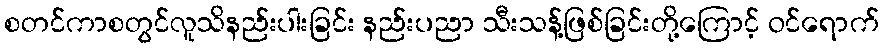
စတင်ကာစတွင်လူသိနည်းပါးခြင်း နည်းပညာ သီးသန့်ဖြစ်ခြင်းတို့ကြောင့် ဝင်ရောက်